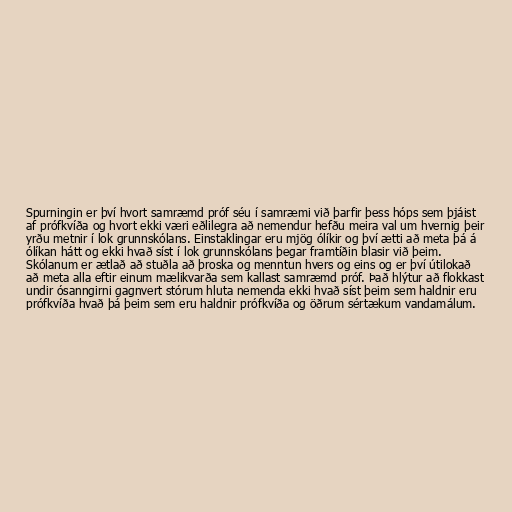
Spurningin er því hvort samræmd próf séu í samræmi við þarfir þess hóps sem þjáist
af prófkvíða og hvort ekki væri eðlilegra að nemendur hefðu meira val um hvernig þeir
yrðu metnir í lok grunnskólans. Einstaklingar eru mjög ólíkir og því ætti að meta þá á
ólíkan hátt og ekki hvað síst í lok grunnskólans þegar framtíðin blasir við þeim.
Skólanum er ætlað að stuðla að þroska og menntun hvers og eins og er því útilokað
að meta alla eftir einum mælikvarða sem kallast samræmd próf. Það hlýtur að flokkast
undir ósanngirni gagnvert stórum hluta nemenda ekki hvað síst þeim sem haldnir eru
prófkvíða hvað þá þeim sem eru haldnir prófkvíða og öðrum sértækum vandamálum.